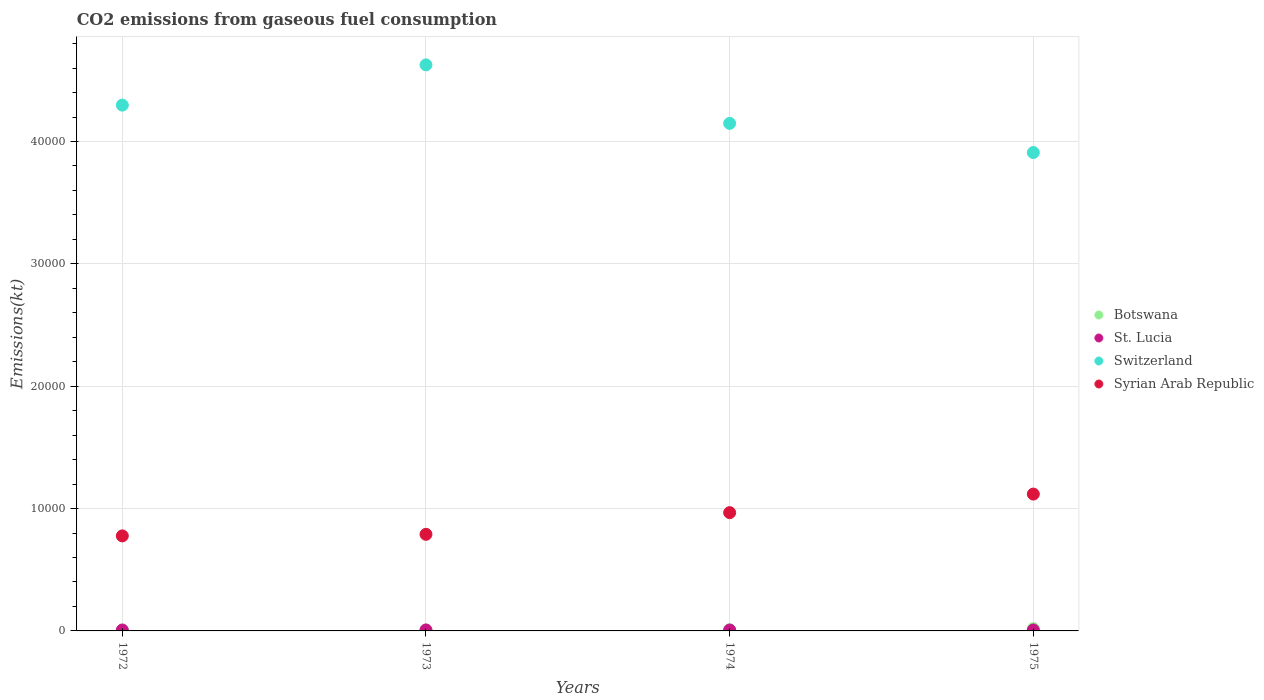
| Years | Botswana | St. Lucia | Switzerland | Syrian Arab Republic |
 | --- | --- | --- | --- | --- |
 | 1972 | 22 | 77 | 4.3e+04 | 7.77e+03 |
 | 1973 | 51.3 | 80.7 | 4.63e+04 | 7.9e+03 |
 | 1974 | 88 | 73.3 | 4.15e+04 | 9.67e+03 |
 | 1975 | 187 | 77 | 3.91e+04 | 1.12e+04 |